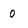
Character: 0